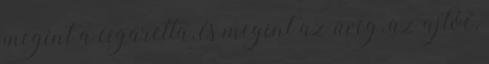
megint a cigaretta, és megint az üveg, az ajtóé,